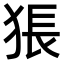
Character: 𤟔